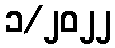
၁/၂၀၂၂